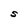
Character: S